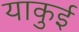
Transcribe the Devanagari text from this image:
याकुई